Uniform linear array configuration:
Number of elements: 48
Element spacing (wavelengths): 0.25
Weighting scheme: hamming
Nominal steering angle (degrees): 30
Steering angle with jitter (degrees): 28.669
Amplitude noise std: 0.05
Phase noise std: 0.05

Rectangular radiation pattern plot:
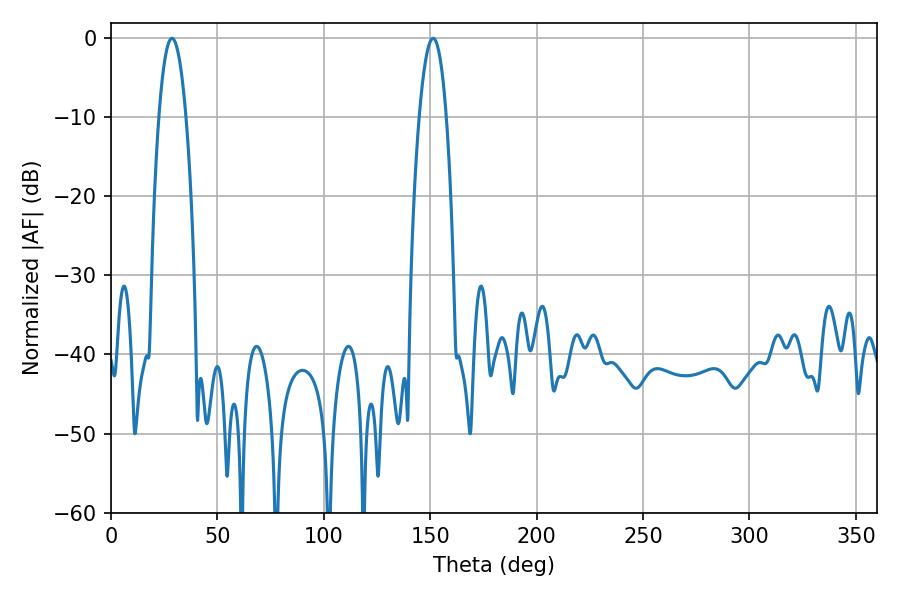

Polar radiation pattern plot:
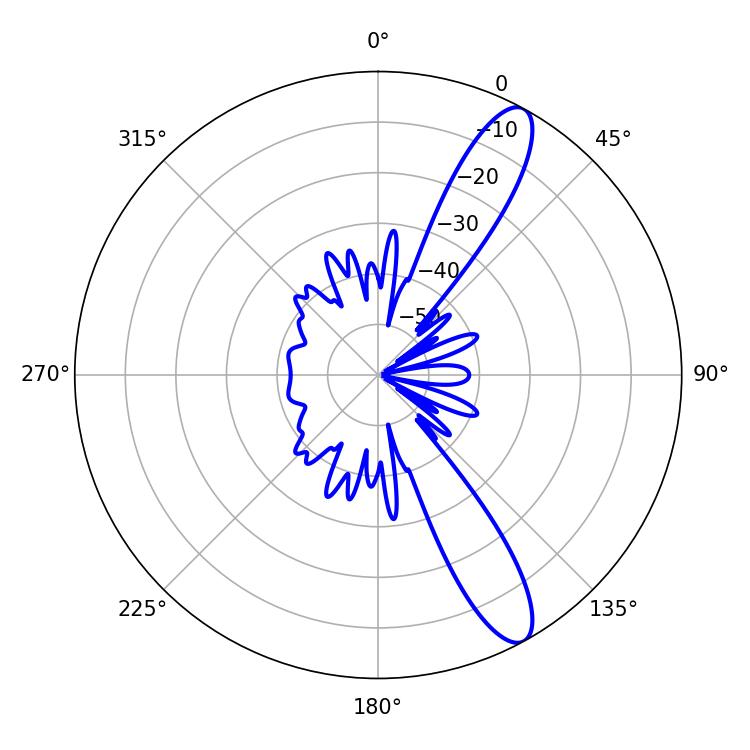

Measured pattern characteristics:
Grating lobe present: FALSE
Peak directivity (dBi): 11.977
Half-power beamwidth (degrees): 7.02
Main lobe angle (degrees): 28.62